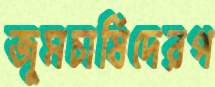
জুমচাষিদেরপ